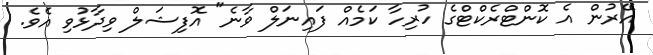
އޭރުން އެ ކޮންޓްރެކްޓްގެ ހުރިހާ ކަމެއް ފައިނަލް ވާނެ" އޮފިޝަލް ވިދާޅުވި އެވެ.